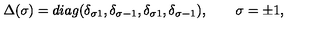
\Delta ( \sigma ) = d i a g ( \delta _ { \sigma 1 } , \delta _ { \sigma - 1 } , \delta _ { \sigma 1 } , \delta _ { \sigma - 1 } ) , \qquad \sigma = \pm 1 ,